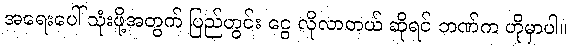
အရေးပေါ် သုံးဖို့အတွက် ပြည်တွင်း ငွေ လိုလာတယ် ဆိုရင် ဘဏ်က ဟိုမှာပါ။